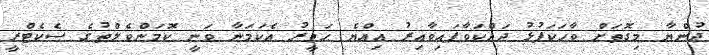
ދުންޔާ މިގޮތަށް ވާހަކަފުޅު ދައްކަވާފައިވާއިރު އިއްޔެ ހަވީރު އެކަމަނާ ވަނީ ކޮމަންވެލްތުގެ ސެކެޓްރީ